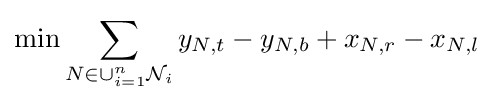
\min \sum _{N\in \cup _{i=1}^{n}{\mathcal {N}}_{i}}y_{N,t}-y_{N,b}+x_{N,r}-x_{N,l}